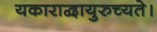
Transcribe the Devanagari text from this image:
यकाराद्वायुरुच्यते।